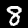
Digit: 8